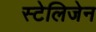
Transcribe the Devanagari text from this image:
स्टेलिजेन